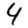
Digit: 4